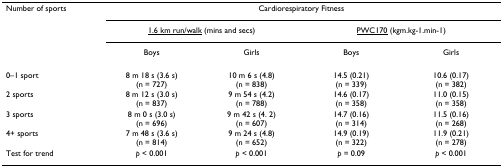
| Number of sports | <COLSPAN=4> Cardiorespiratory Fitness |
 |  | <COLSPAN=2> <underline>1.6 km run/walk</underline> (mins and secs) | <COLSPAN=2> <underline>PWC170</underline> (kgm.kg-1.min-1) |
 |  | Boys | Girls | Boys | Girls |
 | --- | --- | --- | --- | --- |
 | 0–1 sport | 8 m 18 s (3.6 s) (n = 727) | 10 m 6 s (4.8) (n = 838) | 14.5 (0.21) (n = 339) | 10.6 (0.17) (n = 382) |
 | 2 sports | 8 m 12 s (3.0 s) (n = 837) | 9 m 54 s (4.2) (n = 788) | 14.6 (0.17) (n = 358) | 11.0 (0.15) (n = 358) |
 | 3 sports | 8 m 0 s (3.0 s) (n = 696) | 9 m 42 s (4. 2) (n = 607) | 14.7 (0.16) (n = 314) | 11.5 (0.16) (n = 268) |
 | 4+ sports | 7 m 48 s (3.6 s) (n = 814) | 9 m 24 s (4.8) (n = 652) | 14.9 (0.19) (n = 322) | 11.9 (0.21) (n = 278) |
 | Test for trend | p < 0.001 | p < 0.001 | p = 0.09 | p < 0.001 |